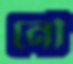
নৌ